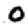
Digit: 0